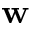
\mathbf { w }